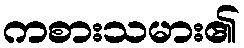
ကစားသမား၏